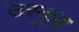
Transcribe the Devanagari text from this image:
उस्कुब